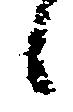
候